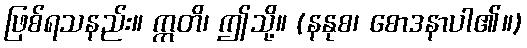
ဖြစ်ရသနည်း။ ဣတိ၊ ဤသို့။ (နနုစ၊ စောဒနာပါ၏။)